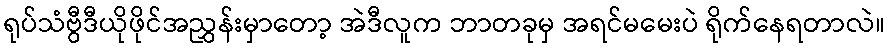
ရုပ်သံဗွီဒီယိုဖိုင်အညွှန်းမှာတော့ အဲဒီလူက ဘာတခုမှ အရင်မမေးပဲ ရိုက်နေရတာလဲ။